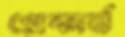
প্লেকার্ড